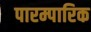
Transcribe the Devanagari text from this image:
पारम्पारिक